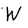
Character: W